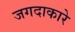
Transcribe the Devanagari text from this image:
जगदाकारे